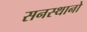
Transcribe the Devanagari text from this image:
सनस्थानो